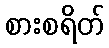
စားစရိတ်